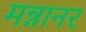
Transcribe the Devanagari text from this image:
मन्नानर